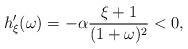
LaTeX: \begin{align*}h_{\xi}^{\prime}(\omega) = - \alpha \frac{\xi + 1}{(1 + \omega)^2} < 0,\end{align*}